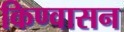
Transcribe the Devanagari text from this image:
किण्वासन